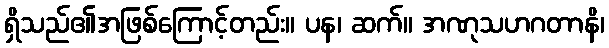
ရှိသည်၏အဖြစ်ကြောင့်တည်း။ ပန၊ ဆက်။ အဏုသဟဂတာနိ၊